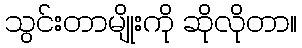
သွင်းတာမျိုးကို ဆိုလိုတာ။